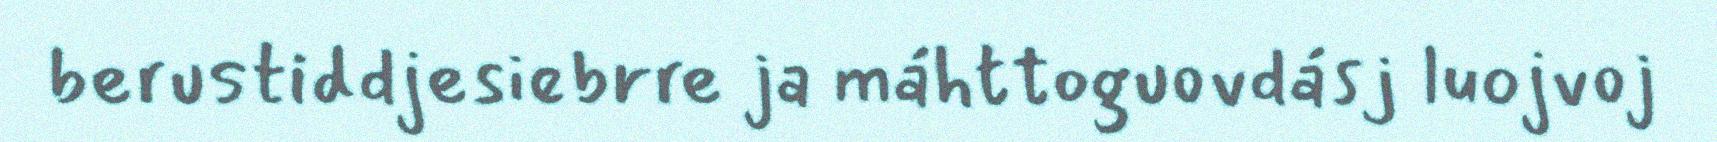
berustiddjesiebrre ja máhttoguovdásj luojvoj